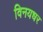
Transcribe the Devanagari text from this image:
विनयधर